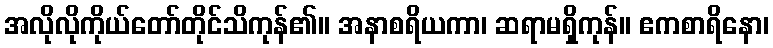
အလိုလိုကိုယ်တော်တိုင်သိကုန်၏။ အနာစရိယကာ၊ ဆရာမရှိကုန်။ ဧကစာရိနော၊